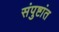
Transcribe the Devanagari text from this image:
संपुष्टांत